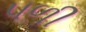
પળી